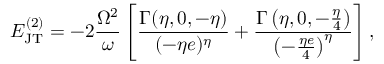
E _ { \mathrm { J T } } ^ { ( 2 ) } = - 2 \frac { \Omega ^ { 2 } } { \omega } \left[ \frac { \Gamma ( \eta , 0 , - \eta ) } { ( - \eta e ) ^ { \eta } } + \frac { \Gamma \left( \eta , 0 , - \frac { \eta } { 4 } \right) } { \left( - \frac { \eta e } { 4 } \right) ^ { \eta } } \right] ,